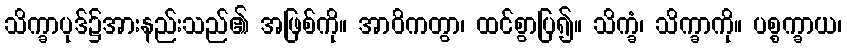
သိက္ခာပုဒ်၌အားနည်းသည်၏ အဖြစ်ကို။ အာဝိကတွာ၊ ထင်စွာပြ၍။ သိက္ခံ၊ သိက္ခာကို။ ပစ္စက္ခာယ၊